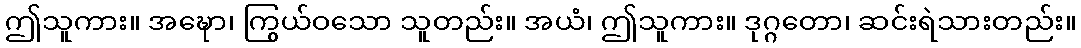
ဤသူကား။ အဍ္ဎော၊ ကြွယ်ဝသော သူတည်း။ အယံ၊ ဤသူကား။ ဒုဂ္ဂတော၊ ဆင်းရဲသားတည်း။